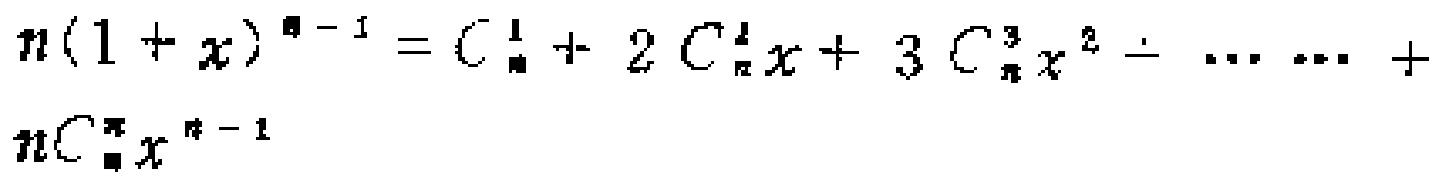
\(n(1 + x)^{n - 1} = C_{n}^{1}+ 2C_{n}^{2}x + 3C_{n}^{3}x^{2}+\cdots\cdots + nC_{n}^{n}x^{n - 1}\)